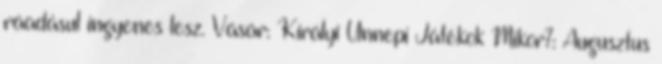
ráadásul ingyenes lesz. Vásár: Királyi Ünnepi Játékok Mikor?: Augusztus